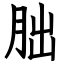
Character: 朏